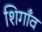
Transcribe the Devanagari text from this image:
शिगाँव